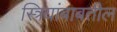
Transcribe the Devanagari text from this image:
स्त्रियांबाबतील